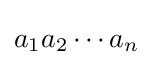
a_{1}a_{2}\cdots a_{n}